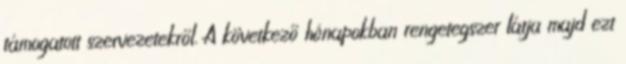
támogatott szervezetekről. A következő hónapokban rengetegszer látja majd ezt